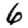
Digit: 6